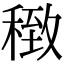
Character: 𥠽